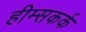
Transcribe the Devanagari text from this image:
हीम्सकर्क